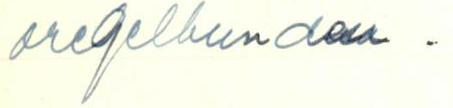
oregelbunden.